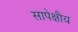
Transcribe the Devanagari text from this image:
सापेक्षीय